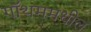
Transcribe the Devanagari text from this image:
गॉथममधील